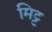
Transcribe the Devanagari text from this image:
मिट्ट